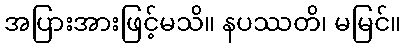
အပြားအားဖြင့်မသိ။ နပဿတိ၊ မမြင်။